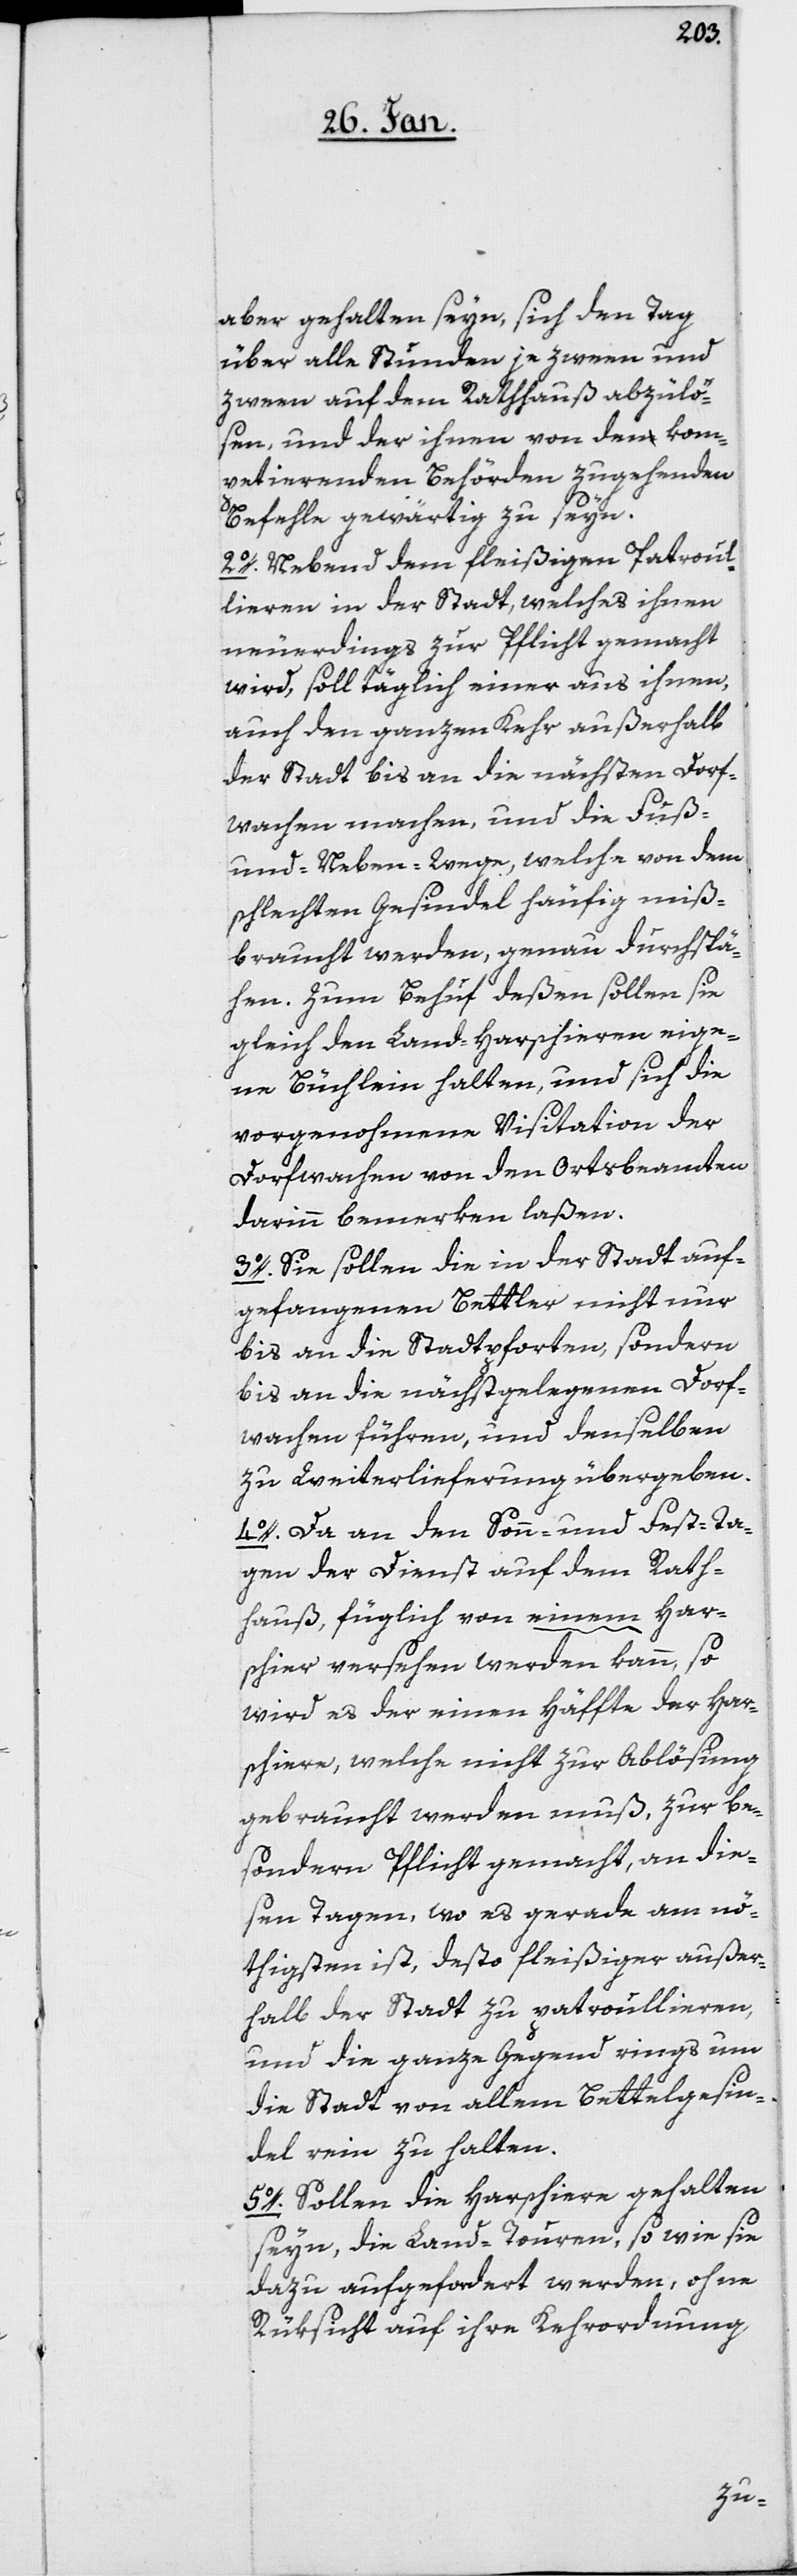
aber gehalten seyn, sich den Tag
über alle Stunden je zween und
zween auf dem Rathauß abzulö¬
sen, und der ihnen von den kom¬
petierenden Behörden zugehenden
Befehle gewärtig zu seyn.
2o. Nebend dem fleißigen Patroul¬
lieren in der Stadt, welches ihnen
neuerdings zur Pflicht gemacht
wird, soll täglich einer aus ihnen,
auch den ganzen Kehr außerhalb
der Stadt bis an die nächsten Dorf¬
wachen machen, und die Fuß-
und Neben-Wege, welche von dem
schlechten Gesindel häufig miß¬
braucht werden, genau durchspä¬
hen, zum Behuf deßen sollen sie
gleich den Land-Harschieren eige¬
ne Büchlein halten, und sich die
vorgenohmene Visitation der
Dorfwachen von den Ortsbeamten
darinn bemerken laßen.
3o. Sie sollen die in der Stadt auf¬
gefangenen Bettler nicht nur
bis an die Stadtpforten, sondern
bis an die nächstgelegenen Dorf¬
wachen führen, und denselben
zu Weiterlieferung übergeben.
4o. Da an den Sonn- und Fest-Ta¬
gen der Dienst auf dem Rath¬
auß, füglich von einem Har¬
schier versehen werden kann, so
wird es der einen Hälfte der Har¬
schiere, welche nicht zur Ablösung
gebraucht werden muß, zur be¬
sondern Pflicht gemacht, an die¬
sen Tagen, wo es gerade am nö¬
thigsten ist, desto fleißiger außer¬
halb der Stadt zu patroullieren,
und die ganze Gegend rings um
die Stadt von allem Bettelgesin¬
del rein zu halten.
5o. Sollen die Harschiere gehalten
seyn, die Land-Touren, so wie sie
dazu aufgefordert werden, ohne
Rüksicht auf ihre Kehrordnung,